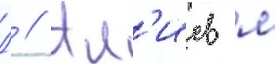
Д // Ал'иев м